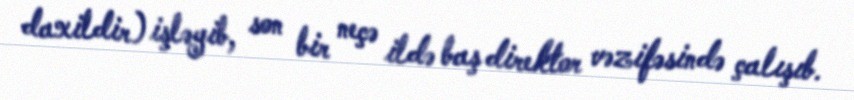
daxildir) işləyib, son bir neçə ildə baş direktor vəzifəsində çalışıb.